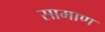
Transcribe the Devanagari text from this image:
सामाण